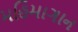
મહિમાગાન